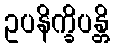
ဥပနိက္ခိပန္တိ